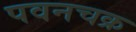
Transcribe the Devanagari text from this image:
पवनचक्र